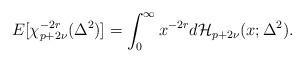
LaTeX: \begin{align*}E[\chi^{-2r}_{p+2\nu} (\Delta^2)] =\int_0^\infty x^{-2r}d\mathcal{H}_{p+2\nu}(x; \Delta^2).\end{align*}